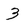
Character: 3